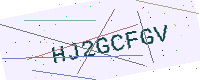
Text: HJ2GCFGV